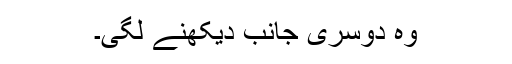
وہ دوسری جانب دیکھنے لگی۔